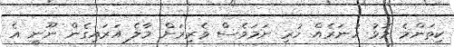
ކިތަންމެ މޮޅު ހުނަރެއް ހުރި ނަމަވެސް ވެރިރަށް މާލެ އަރައިގެން ނޫނީ އެ